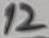
Text: 12